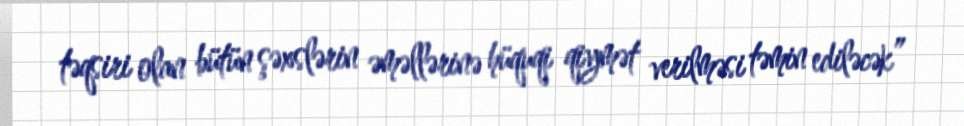
təqsiri olan bütün şəxslərin əməllərinə hüquqi qiymət verilməsi təmin ediləcək”